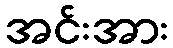
အင်းအား